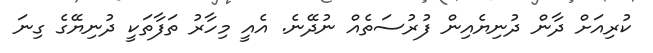
ކުރިއަށް ދާން ދުނިޔެއިން ފުރުސަތެއް ނުދޭނެ. އެއީ މިހާރު ތަފާތަކީ ދުނިޔޭގެ ގިނަ